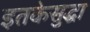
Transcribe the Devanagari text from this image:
इतकेसुद्धा